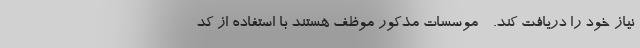
نیاز خود را دریافت کند. - موسسات مذکور موظف هستند با استفاده از کد